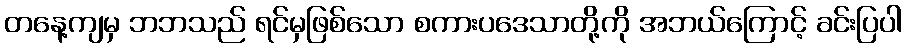
တနေ့ကျမှ ဘဘသည် ရင်မှဖြစ်သော စကားပဒေသာတို့ကို အဘယ်ကြောင့် ခင်းပြပါ